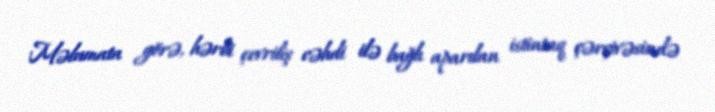
Məlumata görə, hərbi çevriliş cəhdi ilə bağlı aparılan istintaq çərçivəsində